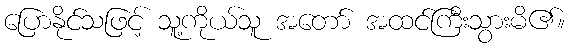
ပြောနိုင်သဖြင့် သူ့ကိုယ်သူ အတော် အထင်ကြီးသွားမိ၏။